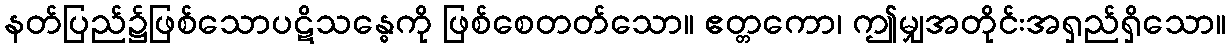
နတ်ပြည်၌ဖြစ်သောပဋိသန္ဓေကို ဖြစ်စေတတ်သော။ ဧတ္တကော၊ ဤမျှအတိုင်းအရှည်ရှိသော။